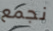
نجمع